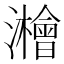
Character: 𱪈